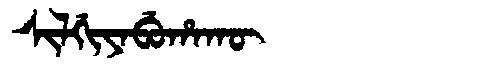
Manchu: ᠰᡳᠯᡤᡳᠶᠠᠪᡠᡥᠠᡴᡡ
Romanization: SILGIYABUHAKŪ